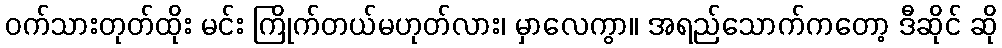
ဝက်သားတုတ်ထိုး မင်း ကြိုက်တယ်မဟုတ်လား၊ မှာလေကွာ။ အရည်သောက်ကတော့ ဒီဆိုင် ဆို